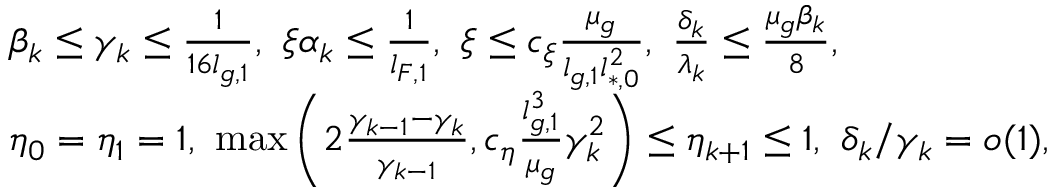
\begin{array} { r l } & { \beta _ { k } \le \gamma _ { k } \le \frac { 1 } { 1 6 l _ { g , 1 } } , \ \xi \alpha _ { k } \le \frac { 1 } { l _ { F , 1 } } , \ \xi \le c _ { \xi } \frac { \mu _ { g } } { l _ { g , 1 } l _ { * , 0 } ^ { 2 } } , \ \frac { \delta _ { k } } { \lambda _ { k } } \le \frac { \mu _ { g } \beta _ { k } } { 8 } , } \\ & { \eta _ { 0 } = \eta _ { 1 } = 1 , \ \operatorname* { m a x } \left( 2 \frac { \gamma _ { k - 1 } - \gamma _ { k } } { \gamma _ { k - 1 } } , c _ { \eta } \frac { l _ { g , 1 } ^ { 3 } } { \mu _ { g } } \gamma _ { k } ^ { 2 } \right) \le \eta _ { k + 1 } \le 1 , \ \delta _ { k } / \gamma _ { k } = o ( 1 ) , } \end{array}